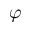
\varphi